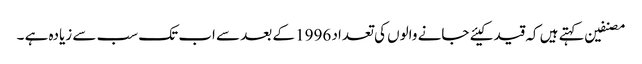
مصنفین کہتے ہیں کہ قید کیئے جانے والوں کی تعداد 1996 کے بعد سے اب تک سب سے زیادہ ہے ۔